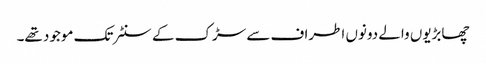
چھابڑیوں والے دونوں اطراف سے سڑک کے سنٹر تک موجود تھے۔